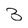
Character: B